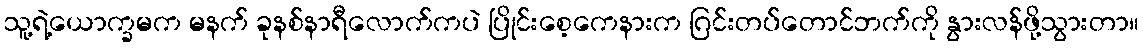
သူ့ရဲ့ယောက္ခမက မနက် ခုနစ်နာရီလောက်ကပဲ ပြိုင်းစေ့ကေနားက ဂြင်းတပ်တောင်ဘက်ကို နွားလန်ဖို့သွားတာ။